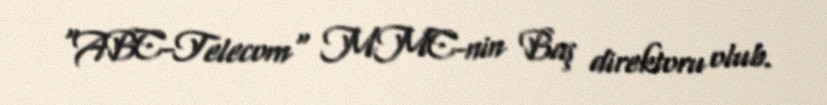
"ABC-Telecom" MMC-nin Baş direktoru olub.